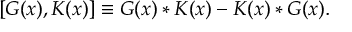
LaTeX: [ G ( x ) , K ( x ) ] \equiv G ( x ) * K ( x ) - K ( x ) * G ( x ) .